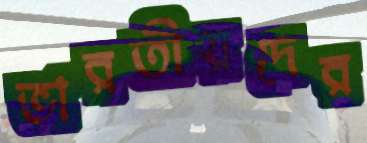
ভারতীয়দের